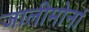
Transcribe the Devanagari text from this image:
जालीमोनां